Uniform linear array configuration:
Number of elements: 24
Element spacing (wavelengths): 0.5
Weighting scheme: cosine
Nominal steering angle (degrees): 60
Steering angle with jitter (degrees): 60.698
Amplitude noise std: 0.05
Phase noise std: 0.05

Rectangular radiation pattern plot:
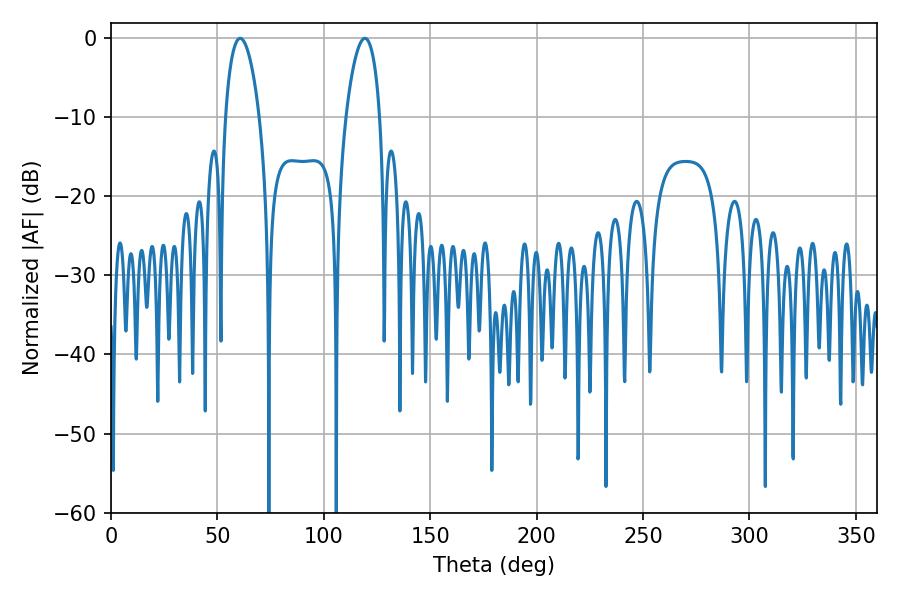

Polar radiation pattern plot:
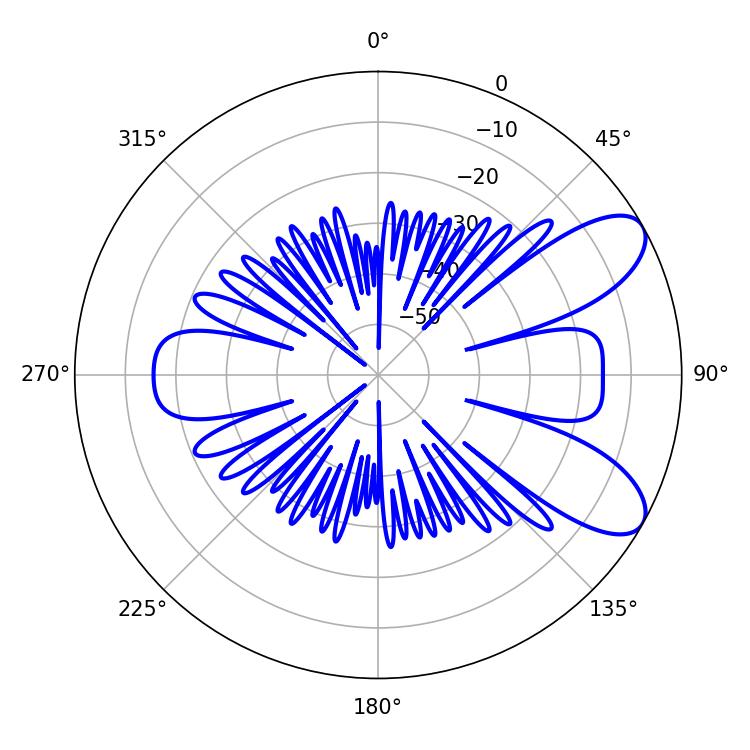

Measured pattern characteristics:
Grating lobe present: FALSE
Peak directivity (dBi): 8.342
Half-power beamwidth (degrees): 9
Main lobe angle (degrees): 60.66